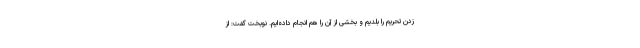
زدن تحریم را بلدیم و بخشی از آن را هم انجام داده‌ایم. نوبخت گفت: از